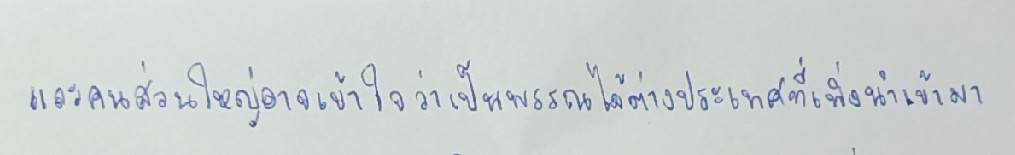
และคนส่วนใหญ่อาจเข้าใจว่าเป็นพรรณไม้ต่างประเทศที่เพิ่งนำเข้ามา